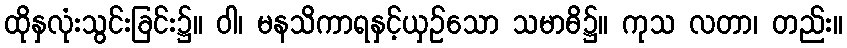
ထိုနှလုံးသွင်းခြင်း၌။ ဝါ၊ မနသိကာရနှင့်ယှဉ်သော သမာဓိ၌။ ကုသ လတာ၊ တည်း။